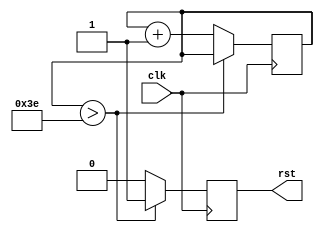
module globalReset			// to use this: set the initial for (~reset) and main circuit for (reset)
#(
	parameter clockFreq = 32'd80000000,
	parameter delayInSec = 1
)
(
	input clk,				// 40 MHz
	output reg rst			// global enable
);
reg [31:0] count = 32'd0;

always@(posedge clk)
begin
	if (count > 8'd62/*clockFreq*delayInSec*/) rst <= 1'b1;		// on fpga start count 62 clocks and set global enable
	else begin rst <= 1'b0; count <= count + 1'b1; end		// while count set enabe to low level
end
endmodule